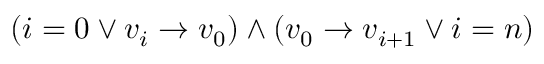
( i = 0 \vee v _ { i } \rightarrow v _ { 0 } ) \wedge ( v _ { 0 } \rightarrow v _ { i + 1 } \vee i = n )